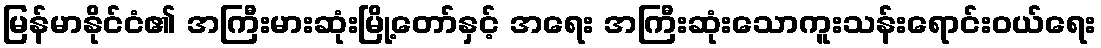
မြန်မာနိုင်ငံ၏ အကြီးမားဆုံးမြို့တော်နှင့် အရေး အကြီးဆုံးသောကူးသန်းရောင်းဝယ်ရေး